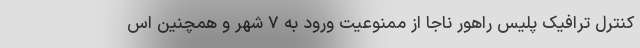
کنترل ترافیک پلیس راهور ناجا از ممنوعیت ورود به ۷ شهر و همچنین اس